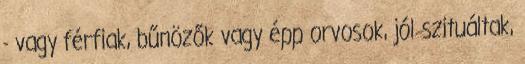
- vagy férfiak, bűnözők vagy épp orvosok, jól szituáltak,